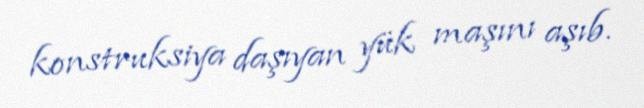
konstruksiya daşıyan yük maşını aşıb.